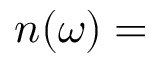
n ( \omega ) =